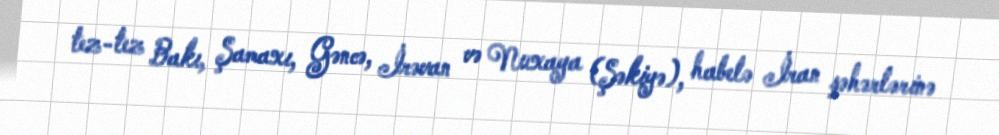
tez-tez Bakı, Şamaxı, Gəncə, İrəvan və Nuxaya (Şəkiyə), habelə İran şəhərlərinə